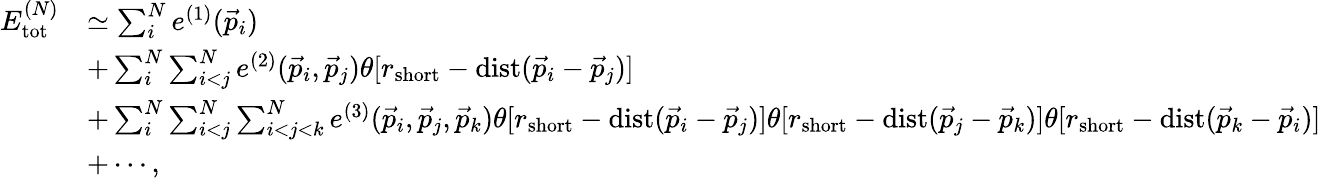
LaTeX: \begin{array}{rl}{E_{\mathrm{tot}}^{(N)}}&{\simeq\sum_{i}^{N}e^{(1)}(\vec{p}_{i})}\\ &{+\sum_{i}^{N}\sum_{i<j}^{N}e^{(2)}(\vec{p}_{i},\vec{p}_{j})\theta[r_{\mathrm{short}}-\mathrm{dist}(\vec{p}_{i}-\vec{p}_{j})]}\\ &{+\sum_{i}^{N}\sum_{i<j}^{N}\sum_{i<j<k}^{N}e^{(3)}(\vec{p}_{i},\vec{p}_{j},\vec{p}_{k})\theta[r_{\mathrm{short}}-\mathrm{dist}(\vec{p}_{i}-\vec{p}_{j})]\theta[r_{\mathrm{short}}-\mathrm{dist}(\vec{p}_{j}-\vec{p}_{k})]\theta[r_{\mathrm{short}}-\mathrm{dist}(\vec{p}_{k}-\vec{p}_{i})]}\\ &{+\cdots,}\end{array}